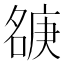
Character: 㗮